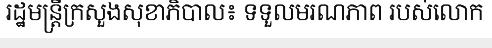
រដ្ឋមន្ត្រីក្រសួងសុខាភិបាល៖ ទទួលមរណភាព របស់លោក